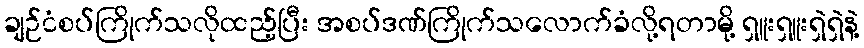
ချဉ်ငံစပ်ကြိုက်သလိုထည့်ပြီး အစပ်ဒဏ်ကြိုက်သလောက်ခံလို့ရတာမို့ ရှူးရှူးရှဲရှဲနဲ့